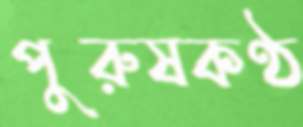
পুরুষকণ্ঠ